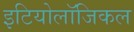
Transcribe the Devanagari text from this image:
इटियोलॉजिकल